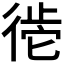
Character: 𪫒